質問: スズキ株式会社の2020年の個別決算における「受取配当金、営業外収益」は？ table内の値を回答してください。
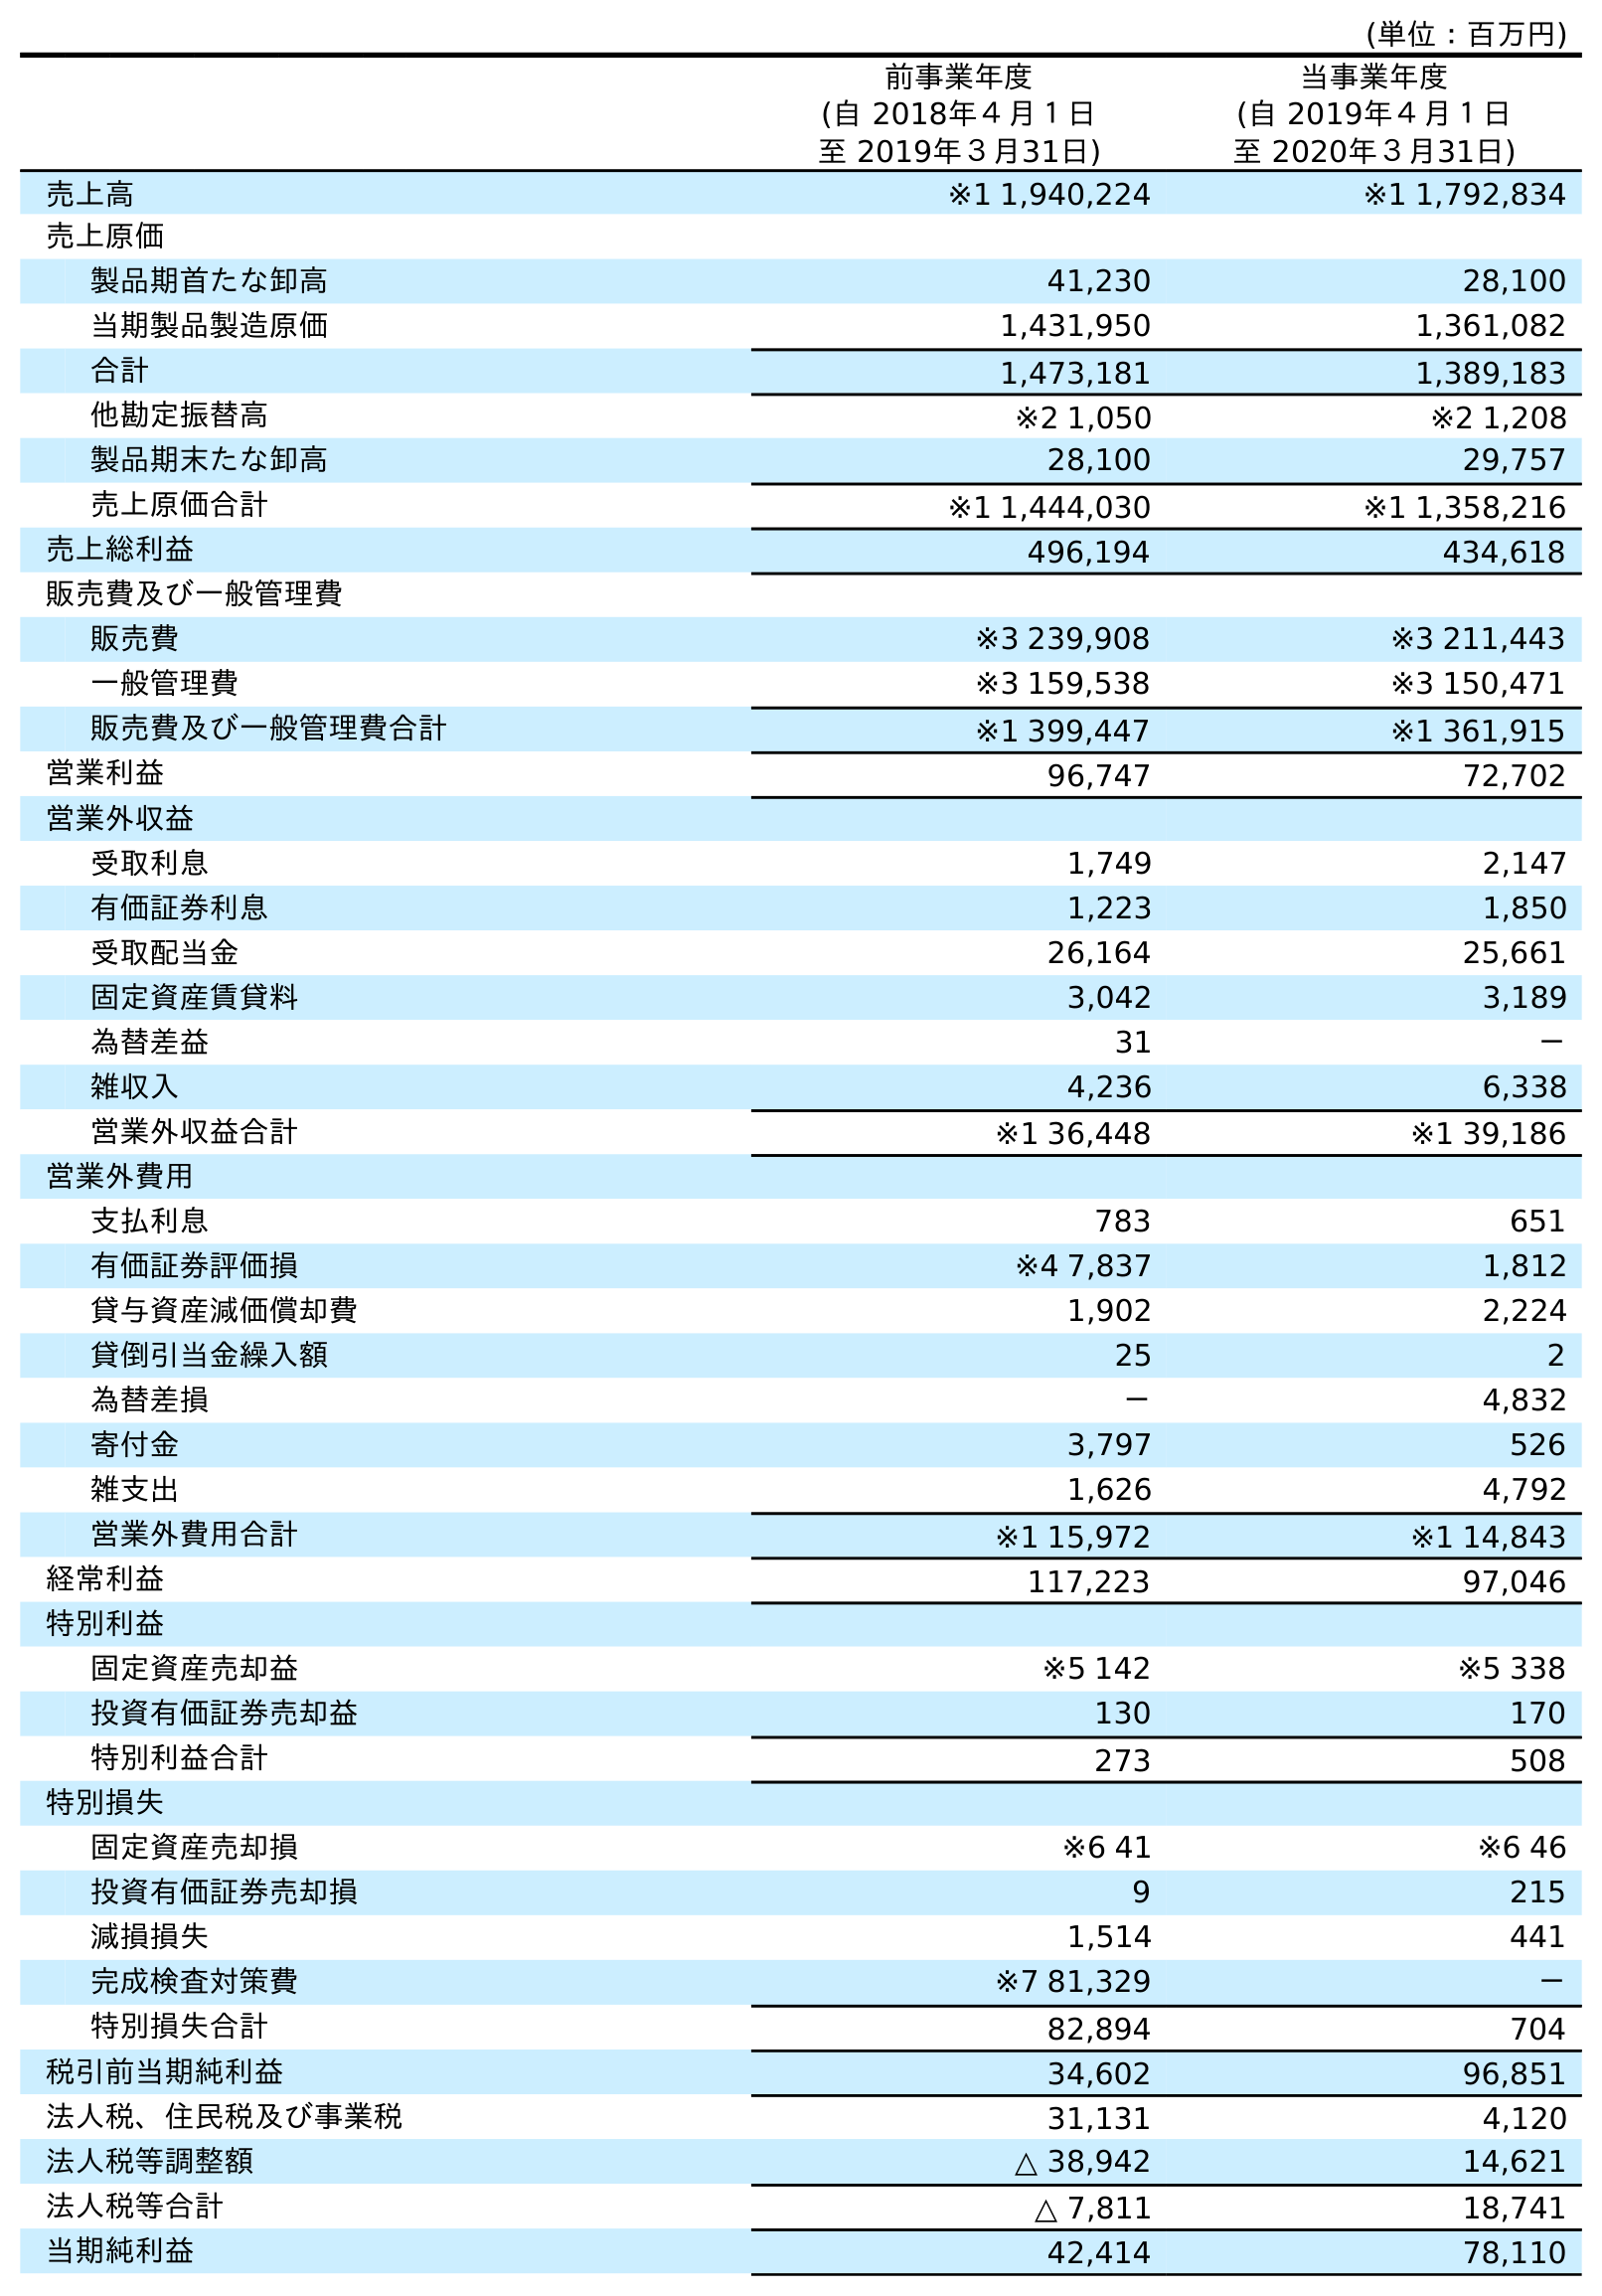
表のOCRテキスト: (単位：百万円) 前事業年度 (自 2018年４月１日 至 2019年３月31日) 当事業年度 (自 2019年４月１日 至 2020年３月31日) 売上高 ※1 1,940,224 ※1 1,792,834 売上原価 製品期首たな卸高 41,230 28,100 当期製品製造原価 1,431,950 1,361,082 合計 1,473,181 1,389,183 他勘定振替高 ※2 1,050 ※2 1,208 製品期末たな卸高 28,100 29,757 売上原価合計 ※1 1,444,030 ※1 1,358,216 売上総利益 496,194 434,618 販売費及び一般管理費 販売費 ※3 239,908 ※3 211,443 一般管理費 ※3 159,538 ※3 150,471 販売費及び一般管理費合計 ※1 399,447 ※1 361,915 営業利益 96,747 72,702 営業外収益 受取利息 1,749 2,147 有価証券利息 1,223 1,850 受取配当金 26,164 25,661 固定資産賃貸料 3,042 3,189 為替差益 31 － 雑収入 4,236 6,338 営業外収益合計 ※1 36,448 ※1 39,186 営業外費用 支払利息 783 651 有価証券評価損 ※4 7,837 1,812 貸与資産減価償却費 1,902 2,224 貸倒引当金繰入額 25 2 為替差損 － 4,832 寄付金 3,797 526 雑支出 1,626 4,792 営業外費用合計 ※1 15,972 ※1 14,843 経常利益 117,223 97,046 特別利益 固定資産売却益 ※5 142 ※5 338 投資有価証券売却益 130 170 特別利益合計 273 508 特別損失 固定資産売却損 ※6 41 ※6 46 投資有価証券売却損 9 215 減損損失 1,514 441 完成検査対策費 ※7 81,329 － 特別損失合計 82,894 704 税引前当期純利益 34,602 96,851 法人税、住民税及び事業税 31,131 4,120 法人税等調整額 △ 38,942 14,621 法人税等合計 △ 7,811 18,741 当期純利益 42,414 78,110
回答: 25,661